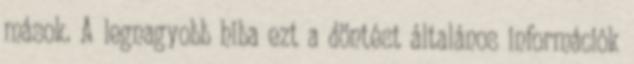
mások. A legnagyobb hiba ezt a döntést általános információk